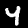
Label: 4